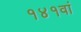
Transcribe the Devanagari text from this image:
१४१वां